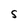
Character: S